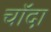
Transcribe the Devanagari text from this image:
चाॅदा